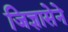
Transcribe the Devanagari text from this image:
जिज्ञासेने